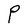
Character: P